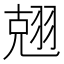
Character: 𮋃